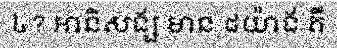
៤? ឤនិសង្ស មាន ៨យ៉ាង គឺ